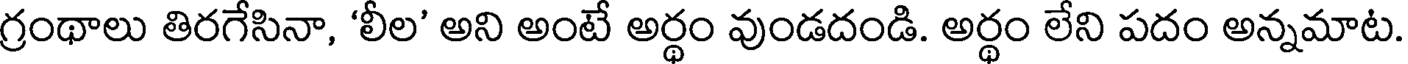
గ్రంథాలు తిరగేసినా, 'లీల' అని అంటే అర్థం వుండదండి. అర్థం లేని పదం అన్నమాట